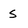
Character: S